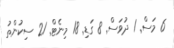
6 މަސް